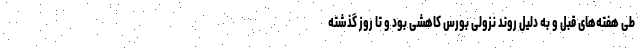
طی هفته‌های قبل و به دلیل روند نزولی بورس کاهشی بود و تا روز گذشته